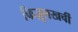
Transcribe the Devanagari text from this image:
फिज़ूलखर्ची